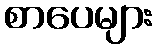
စာပေများ